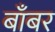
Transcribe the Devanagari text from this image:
बाँबर